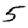
Digit: 5